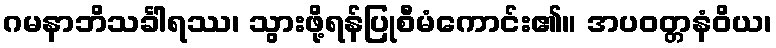
ဂမနာဘိသင်္ခါရဿ၊ သွားဖို့ရန်ပြုစီမံကောင်း၏။ အပဝတ္တနံဝိယ၊